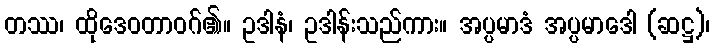
တဿ၊ ထိုဒေဝတာဝဂ်၏။ ဥဒါနံ၊ ဥဒါန်းသည်ကား။ အပ္ပမာဒံ အပ္ပမာဒေါ (ဆဋ္ဌ)၊